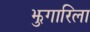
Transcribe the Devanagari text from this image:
झुगारिला